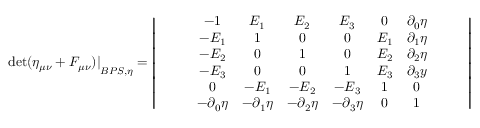
{ \operatorname * { d e t } ( \eta _ { \mu \nu } + F _ { \mu \nu } ) | } _ { B P S , \eta } = \left| \begin{array} { c } { { \begin{array} { c c } { { \begin{array} { c c c } { { \begin{array} { c c c c } { { \begin{array} { c c c c c } { { \begin{array} { c c c c c c } { { - 1 } } & { { E _ { 1 } } } & { { E _ { 2 } } } & { { E _ { 3 } } } & { { 0 } } & { { \partial _ { 0 } \eta } } \\ { { - E _ { 1 } } } & { { 1 } } & { { 0 } } & { { 0 } } & { { E _ { 1 } } } & { { \partial _ { 1 } \eta } } \\ { { - E _ { 2 } } } & { { 0 } } & { { 1 } } & { { 0 } } & { { E _ { 2 } } } & { { \partial _ { 2 } \eta } } \\ { { - E _ { 3 } } } & { { 0 } } & { { 0 } } & { { 1 } } & { { E _ { 3 } } } & { { \partial _ { 3 } y } } \\ { { 0 } } & { { - E _ { 1 } } } & { { - E _ { 2 } } } & { { - E _ { 3 } } } & { { 1 } } & { { 0 } } \\ { { - \partial _ { 0 } \eta } } & { { - \partial _ { 1 } \eta } } & { { - \partial _ { 2 } \eta } } & { { - \partial _ { 3 } \eta } } & { { 0 } } & { { 1 } } \end{array} } } \end{array} } } \end{array} } } \end{array} } } \end{array} } } \end{array} \right|